Medical and sanitary report of the native army of Madras for the year
Year: 1878
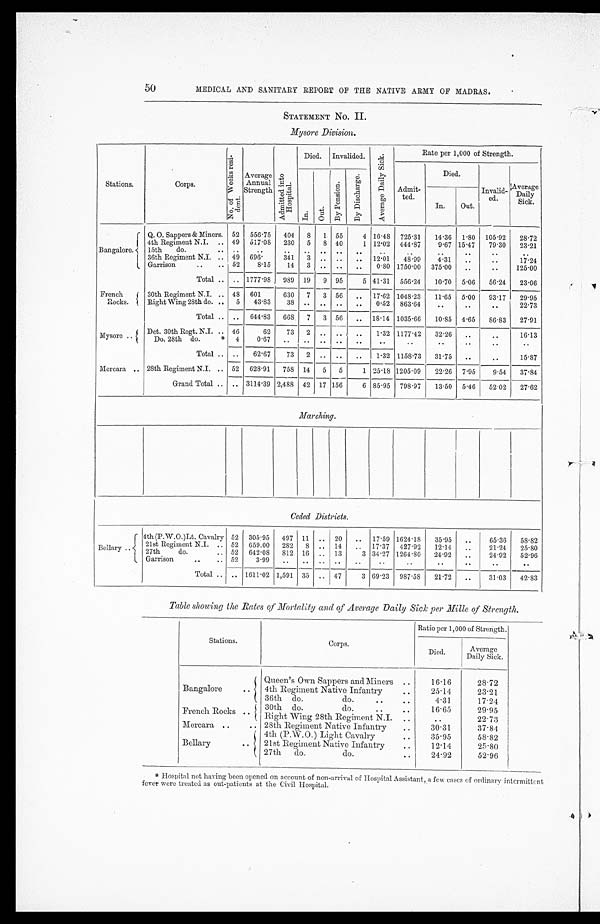
50
MEDICAL AND SANITARY REPORT OF THE NATIVE ARMY OF MADRAS.
STATEMENT No II.
Mysore Division.
Stations.
Corps.
N o . o f W e e k s r e s i - d e n t . Average
Annual
Strength
A d m i t t e d i n t o H o s p i t a l .
Died. Invalided.
A v e r a g e D a i l y S i c k .
Rate per 1,000 of Strength.
Admit - t e d .
Died.
Invalid - e d .
Average
Dai l y Si ck.
I n .
O u t .
B y P e n s i o n .
B y D i s c h a r g e .
I n .
Out.
Bangalore.
Q. 0. Sappers & Miners. 52 556.75 404
8 1 55
4 16.48 725.31
14.36 1.80 105.92
28.72
4th Regiment N.I. . . . 49 517.08 230
5
8 40
1 12.02 444.87
9.67 15.47
79.30
23.21
15th do. . . .
. . .
. . .
. . .
. . .
. . .
. . .
. . .
. . . . . .
. . .
. . . . . .
. . .
36th Regiment N.I. . . . 49 696.
341
3
. . .
. . .
. . . 12.01
48.99
4.31
. . . . . .
17.24
Garrison . . . 52
8.15
14
3
. . .
. . .
. . .
0.80 1750.00 375.00
. . .
. . .
125.00
Total . . .
. . . 1777.98
989 19
9 95
5 41.31 556.24
10.70 5.06
56.24
23.06
French
Rocks.
30th Regiment N.I. . . . 48 601
630
7 3 56
. . . 17.62 1048.23
11.65 5.00
93.17
29.95
Right Wing 28th do. . . . 5
43.83
38
. . . . . .
. . .
. . .
0.52 863.64
. . . . . .
. . .
22.73
Total . . .
. . . 644.83
668
7 3 56
. . . 18.14 1035.66
10.85 4.65
86.83
27.91
Mysore . . .
Det. 30th Regt. N.I. . . . 46
62
73
2
. . .
. . .
. . .
1.32 1177.42
32.26
. . . . . .
16.13
Do. 28th do. * 4
0.67
. . .
. . . . . .
. . .
. . . . . .
. . .
. . .
. . .
. . . . . .
Total . . .
. . .
62.67
73
2
. . .
. . .
. . .
1.32 1158.73
31.75
. . . . . .
15.87
Morcara . . . 28th Regiment N.I. . . . 52 628.91 758 14 5 5
1 25.18 1205.09
22.26 7.95
9.54
37.84
Grand Total . . .
. . . 3114.39 2,488 42 17 156
6 85.95 798.97
13.50 5.46
52.02
27.62
Marching.
Ceded Districts.
Bellary . . .
4th (P.W.O.)Lt. Cavalry 52 305.95
497 11
. . . 20
. . . 17.59 1624.18
35.95
. . .
65.36
58.82
21st Regiment N.I. . . . 52 659.00 282 8
. . . 14
. . . 17.37 427.92
12.14
. . .
21.24
25.80
27th do. . . . 52 642.08
812 16
. . . 13
3 34.27 1264.80
24.92
. . .
24.92
52.96
Garrison . . .
5 2
3 . 9 9
. . .
. . . . . .
. . .
. . . . . .
. . .
. . .
. . . . . .
. . .
Total . . . . . . 1611.02 1,591 35
. . . 47
3 69.23 987.58
21.72
. . .
31.03
42.83
Table showing the Rates of Mortality and of Average Daily Sick per Mille of Strength.
Stations.
Corps.
Ratio per 1,000 of Strength.
Died.
Average
Daily Sick.
Bangalore . . .
Queen's Own Sappers and Miners . . .
16.16
28.72
4th Regiment Native Infantry . . . 25.14
23.21
36th do. do. . . .
4.31
17.24
French Rocks . . .
3 0 t h d o . d o . . . .
16.65
29.95
Right Wing 28th Regiment N.I. . . .
. . .
22.73
Mercara . . .
28th Regiment Native infantry . . .
30.31
37.84
Bellary . . .
4th (P.W.O.) Light Cavalry . . .
35.95
58.82
2 1 s t R e g i m e n t N a t i v e I n f a b t r y . . .
12.14
25.80
27th do. do. . . .
24.92
52.96
*Hospital not having been opened on account of non-arrival of Hospital Assistant, a few cases of ordinary intermittent
fever were treated as out-patients at the Civil Hospital.